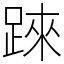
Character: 𨂐